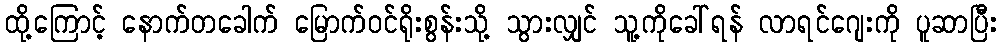
ထို့ကြောင့် နောက်တခေါက် မြောက်ဝင်ရိုးစွန်းသို့ သွားလျှင် သူ့ကိုခေါ်ရန် လာရင်ဂျေးကို ပူဆာပြီး